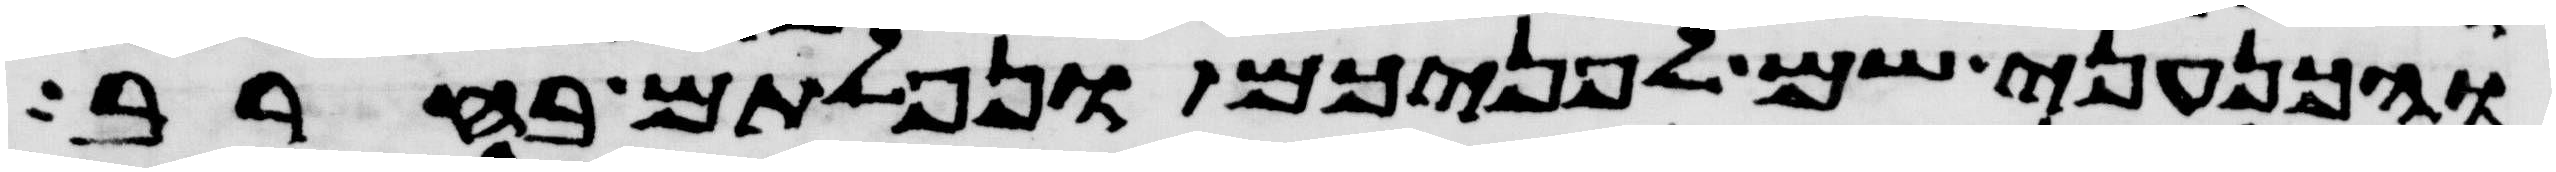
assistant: והכנעני שם לפניכם ונפלתם בחרב